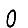
Digit: 0